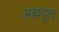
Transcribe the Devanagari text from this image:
अह्मदुल्